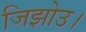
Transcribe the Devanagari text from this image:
जिझोउ।